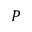
P